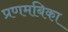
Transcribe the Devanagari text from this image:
प्रणमबिका